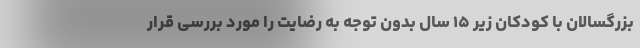
بزرگسالان با كودكان زیر ۱۵ سال بدون توجه به رضایت را مورد بررسی قرار